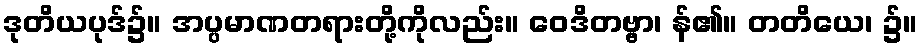
ဒုတိယပုဒ်၌။ အပ္ပမာဏတရားတို့ကိုလည်း။ ဝေဒိတဗ္ဗာ၊ န်၏။ တတိယေ၊ ၌။